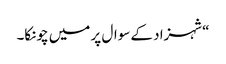
“شہزاد کے سوال پر میں چونکا۔